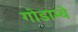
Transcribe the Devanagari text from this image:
गोडाम्बे